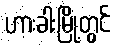
ဟားခါးမြို့တွင်